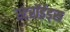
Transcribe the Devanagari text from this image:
स्टरॉईड्स